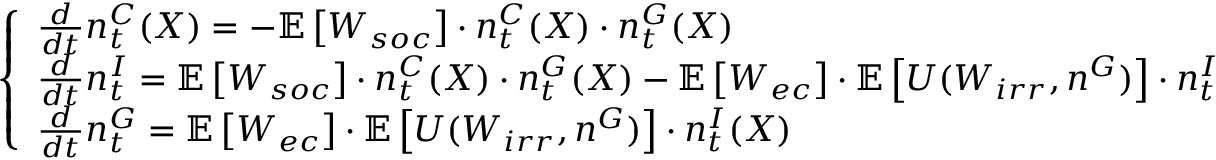
\left\{ \begin{array} { l l } { \frac { d } { d t } n _ { t } ^ { C } ( X ) = - \mathbb { E } \left[ W _ { s o c } \right] \cdot n _ { t } ^ { C } ( X ) \cdot n _ { t } ^ { G } ( X ) } \\ { \frac { d } { d t } n _ { t } ^ { I } = \mathbb { E } \left[ W _ { s o c } \right] \cdot n _ { t } ^ { C } ( X ) \cdot n _ { t } ^ { G } ( X ) - \mathbb { E } \left[ W _ { e c } \right] \cdot \mathbb { E } \left[ U ( W _ { i r r } , n ^ { G } ) \right] \cdot n _ { t } ^ { I } ( X ) } \\ { \frac { d } { d t } n _ { t } ^ { G } = \mathbb { E } \left[ W _ { e c } \right] \cdot \mathbb { E } \left[ U ( W _ { i r r } , n ^ { G } ) \right] \cdot n _ { t } ^ { I } ( X ) } \end{array} \right.